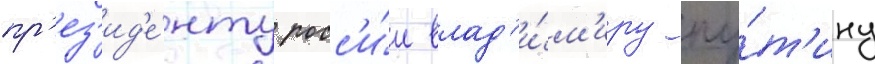
пр'ез'ид'е́нту росс'и́и влад'и́м'иру пу́т'ину